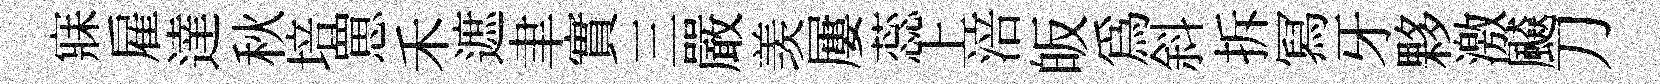
寐雇達秋培罳禾遮聿實三嚴羡屢蕊上涪皈為斜拆冩牙夥激飇刀